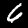
Label: 6